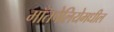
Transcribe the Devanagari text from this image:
माँतपेलियेमधील